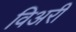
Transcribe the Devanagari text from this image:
विअरी